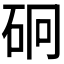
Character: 𥑎